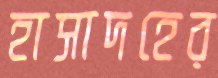
হাসাদহের